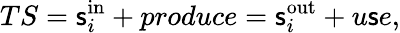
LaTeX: TS=\mathsf{s}_{i}^{\mathrm{{in}}}+produce=\mathsf{s}_{i}^{\mathrm{{out}}}+u\mathsf{s}e,